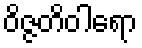
ဝိဇ္ဇတိဝါရော